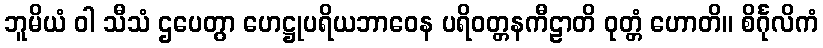
ဘူမိယံ ဝါ သီသံ ဌပေတွာ ဟေဋ္ဌုပရိယဘာဝေန ပရိဝတ္တနကီဠာတိ ဝုတ္တံ ဟောတိ။ စိင်္ဂုလိကံ